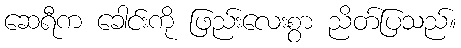
ဆေရီက ခေါင်းကို ဖြည်းလေးစွာ ညိတ်ပြသည်။